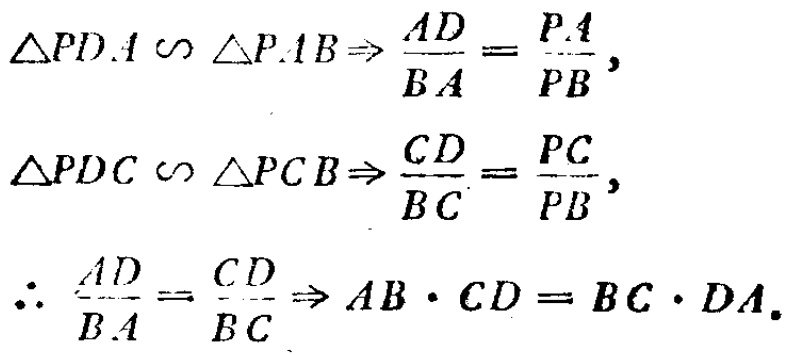
\[\begin{align*}
\triangle PDA\sim\triangle PAB&\Rightarrow\frac{AD}{BA}=\frac{PA}{PB},\\
\triangle PDC\sim\triangle PCB&\Rightarrow\frac{CD}{BC}=\frac{PC}{PB},\\
\therefore\frac{AD}{BA}=\frac{CD}{BC}&\Rightarrow AB\cdot CD = BC\cdot DA.
\end{align*}\]